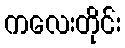
ကလေးတိုင်း